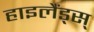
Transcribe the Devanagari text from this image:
हाइलैंड्स्